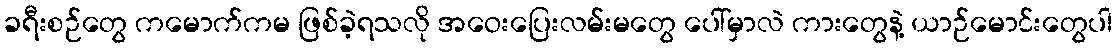
ခရီးစဉ်တွေ ကမောက်ကမ ဖြစ်ခဲ့ရသလို အဝေးပြေးလမ်းမတွေ ပေါ်မှာလဲ ကားတွေနဲ့ ယာဉ်မောင်းတွေပါ